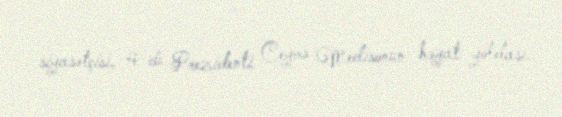
siyasətçisi, 4-cü Prezidenti Ceyms Medisonun həyat yoldaşı.